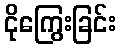
ငိုကြွေးခြင်း